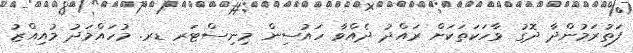
ފަތުރަމުންދާ ދޮގު ވާހަކަތަކަށް ރައްދު ދެއްވާ ހައުސިން މިނިސްޓަރ ޑރ. މުހައްމަދު މުއިއްޒު